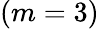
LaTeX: (m=3)